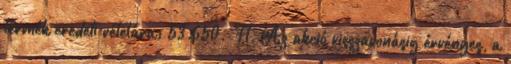
termék eredeti vételára: 53.650.-Ft. Az akció visszavonásig érvényes, a